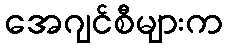
အေဂျင်စီများက